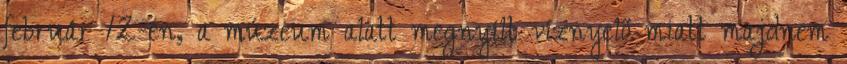
február 12-én, a múzeum alatt megnyílt víznyelő miatt majdnem